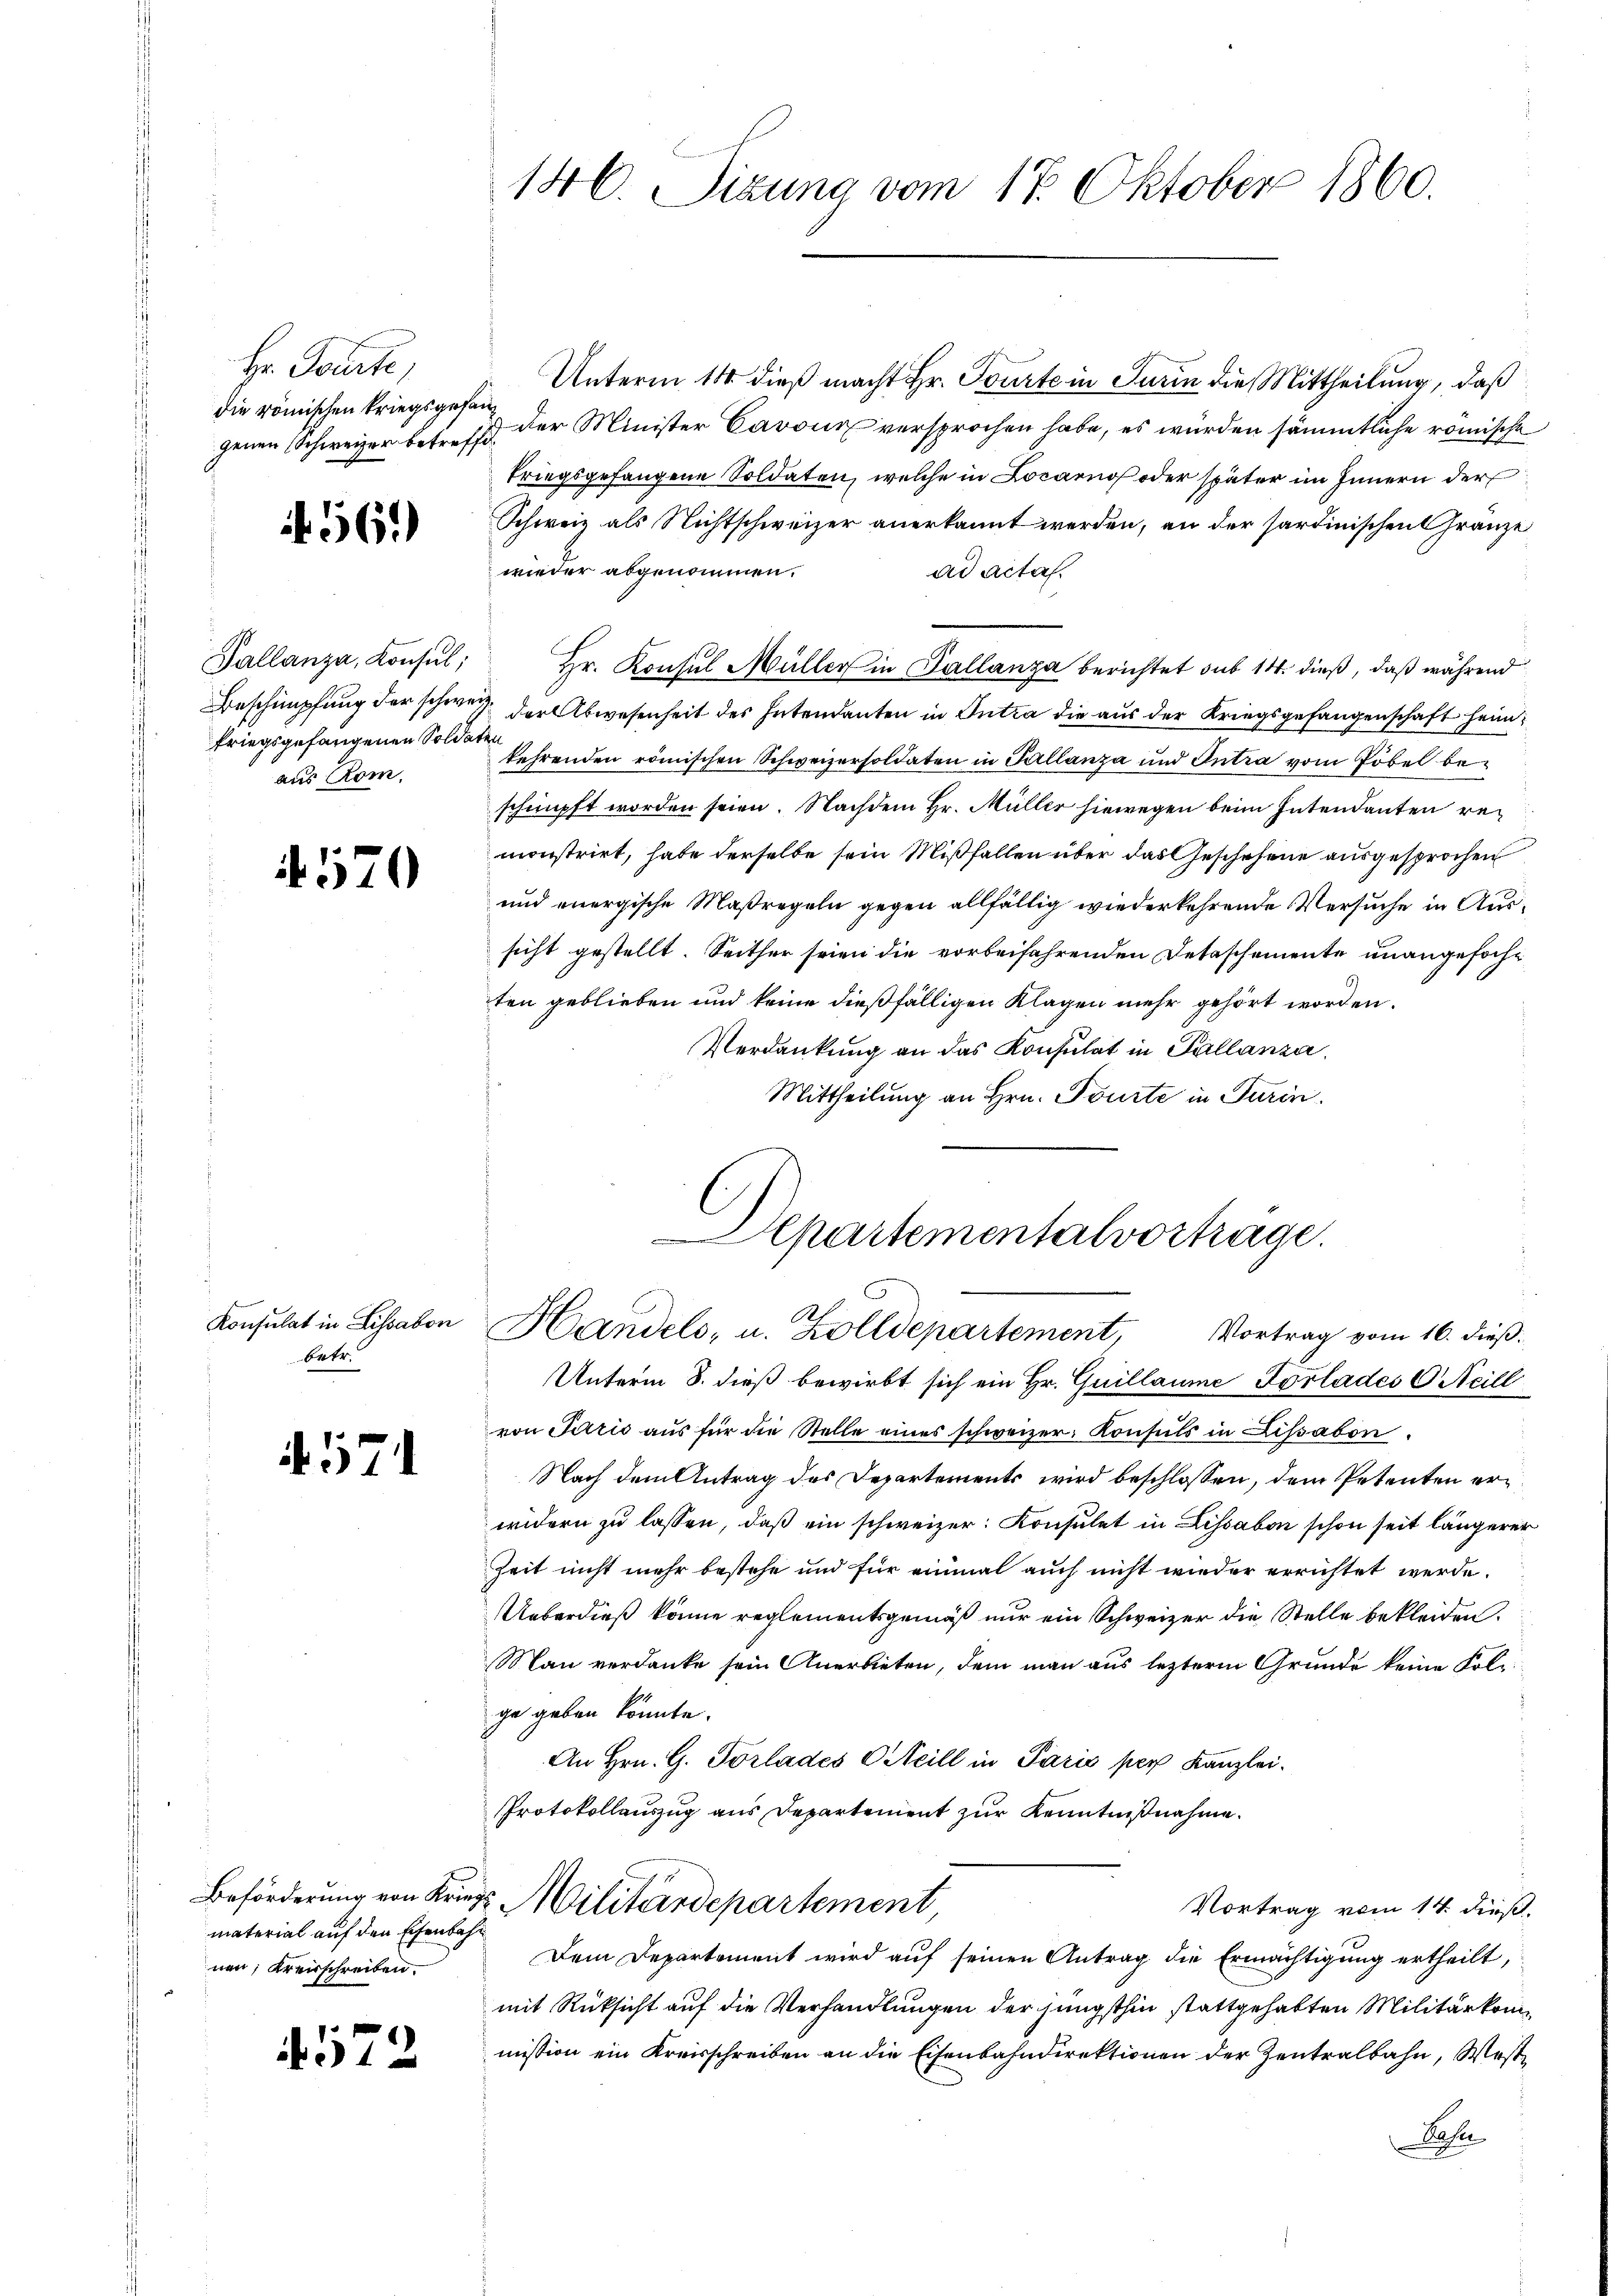
Hr. Tourte,
die römischen Kriegsgefangenen Schweizer betreffe.

56.)

Pallanza, Konsul;
Beschimpfung der schwefriegsgefangenen Soldaten
aus Rom.

4570

betr.

if. 571

material auf den Eisenbahn
nen; Kreisschreiben.

572

Unterm 14. dieß macht Hr. Tourte in Turin die Mittheilung, daß
der Minister Cavour versprochen habe, es würden sämmtliche römische
kriegsgefangene Soldaten, welche in Locarno oder später im Innern der
Schweiz als Nichtschweizer anerkannt werden, an der sardinischen Gränze
wieder abgenommen.
ad acta.
Hr. Konsul Müller in Tallanza berichtet sub 14. dieß, daß während
J. der Abwesenheit des Intendanten in Intra die aŭs der Kriegsgefangenschaft heimkehrenden römischen Schweizersoldaten in Tallanza und Intra vom Pöbel beschimpft worden seien. Nachdem Hr. Müller hiewegen beim Intendanten remonstrirt, habe derselbe sein Mißfallen über das Geschehene ausgesprochen
und energische Maßregeln gegen allfällig wiederkehrende Versuche in Aussicht gestellt. Seither seien die vorbeifahrenden Detaschemente unangefochten geblieben und keine dießfälligen Klagen mehr gehört worden.
Verdankung an das Konsulat in Pallanza.
Mittheilung an Hrn. Tourte in Turin.

146. Sizung vom 17. Oktober 1860.

Departementalvortrage.
Konsulat in Lisaber Handels, u. Zolldepartement, Vortrag vom 16. dieβ.
Unterm 8. dieß bewirbt sich ein Hr. Guillaume Vorlades C. Meill

von Paris aus für die Stelle eines schweizer Konsuls in Lissabon.
Nach dem Antrag des Departements wird beschlossen, dem Petenten erwidern zu lassen, daß ein schweizer Konsulat in Lissabon schon seit längerer
Zeit nicht mehr bestehe und für einmal auch nicht wieder errichtet werde.
Ueberdieß könne reglementsgemäß nur ein Schweizer die Stelle bekleiden.
Man verdanke sein Anerbieten, dem man aus lezterm Grunde keine Polige geben könnte.
An Hrn. G. Vorlades Steill in Paris per Kanzlei.
Protokollauszug aus Departement zur Kenntnißnahme.
Beförderung von Kries Militärdepartement,
Vortrag vom 14. dieß.
Dem Departement wird auf seinen Antrag die Ermächtigung ertheilt,
mit Rücksicht auf die Verhandlungen der jüngsthin stattgehabten Militärkommission ein Kreisschreiben an die Eisenbahndirektionen der Zentralbahn, Weste
Kose